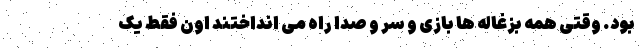
بود. وقتی همه بزغاله ها بازی و سر و صدا راه می انداختند اون فقط یک